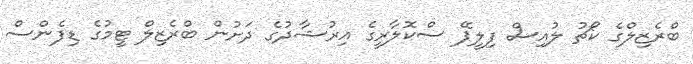
ބްރެޒިލްގެ ކޯޗު ލުއިސް ފިލީޕޭ ސްކޮލާރީގެ އިރުޝާދުގެ ދަށުން ބްރެޒިލް ޓީމުގެ ޑިފެންސް